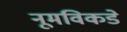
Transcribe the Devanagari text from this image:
नूमविकडे